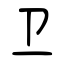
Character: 卫